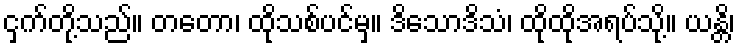
ငှက်တို့သည်။ တတော၊ ထိုသစ်ပင်မှ။ ဒိသောဒိသံ၊ ထိုထိုအရပ်သို့။ ယန္တိ၊